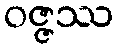
ဝဇ္ဇဿ